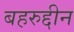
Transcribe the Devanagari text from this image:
बहरुद्दीन